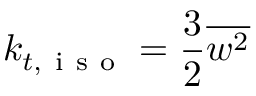
k _ { t , \mathrm { ~ i ~ s ~ o ~ } } = \frac { 3 } { 2 } \overline { { w ^ { 2 } } }